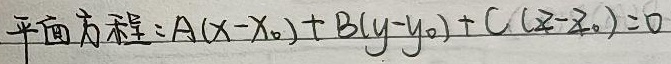
平面方程：\(A(x - x_0)+B(y - y_0)+C(z - z_0)=0\)